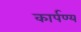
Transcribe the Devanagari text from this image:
कार्पण्य